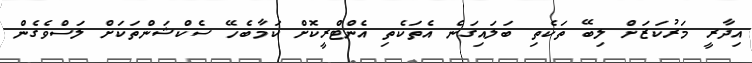
އިދާރީ މަރުކަޒަށް ލިބޭ ތަކެތި ބަލައިގަނެ އެތަކެތި އެންޓްރީކޮށް ކަމާބެހޭ ސެކްޝަންތަކަށް ލަސްވެގެން